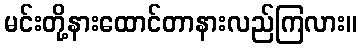
မင်းတို့နားထောင်တာနားလည်ကြလား။